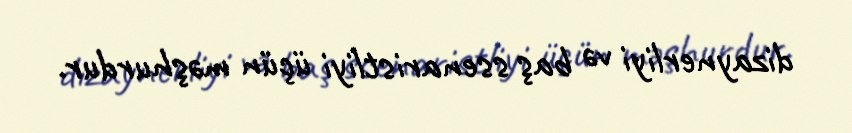
dizaynerliyi və baş ssenaristliyi üçün məşhurdur.